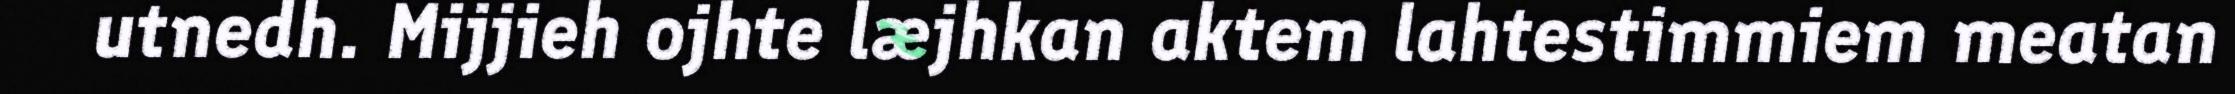
utnedh. Mijjieh ojhte læjhkan aktem lahtestimmiem meatan